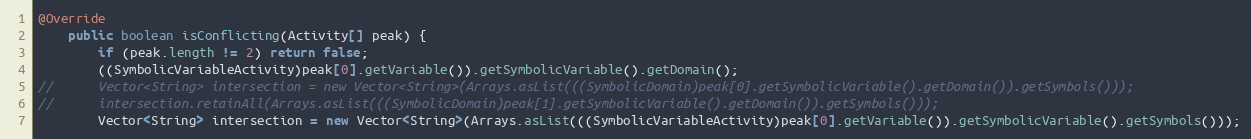
Language: Java
@Override
	public boolean isConflicting(Activity[] peak) {
		if (peak.length != 2) return false;
		((SymbolicVariableActivity)peak[0].getVariable()).getSymbolicVariable().getDomain();
//		Vector<String> intersection = new Vector<String>(Arrays.asList(((SymbolicDomain)peak[0].getSymbolicVariable().getDomain()).getSymbols()));
//		intersection.retainAll(Arrays.asList(((SymbolicDomain)peak[1].getSymbolicVariable().getDomain()).getSymbols()));
		Vector<String> intersection = new Vector<String>(Arrays.asList(((SymbolicVariableActivity)peak[0].getVariable()).getSymbolicVariable().getSymbols()));